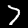
Digit: 7